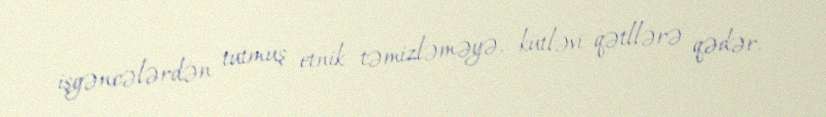
işgəncələrdən tutmuş etnik təmizləməyə, kütləvi qətllərə qədər.